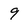
Character: 9